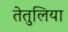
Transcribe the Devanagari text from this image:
तेतुलिया